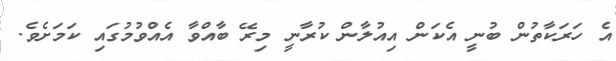
އެ ހަރަކާތުން ބުނީ އެކަން އިއުލާން ކުރާނީ މިރޭ ބާއްވާ އެއްވުމުގައި ކަމަށެވެ.